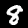
Label: 8